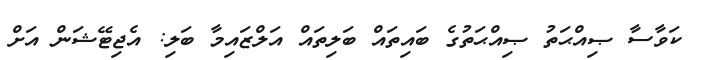
ކަވާސާ ޞިއްޙަތު ޞިއްޙަތުގެ ބައިތައް ބަލިތައް އަލްޒައިމާ ބަލި: އެޖިޓޭޝަން އަށް